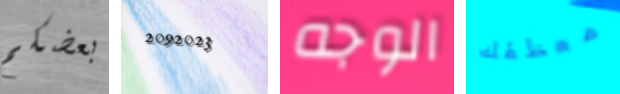
بعضكم 2092023 الوجه معطفك